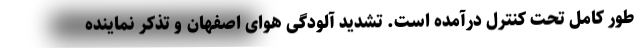
طور کامل تحت کنترل درآمده است. تشدید آلودگی هوای اصفهان و تذکر نماینده